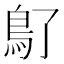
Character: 𩾒